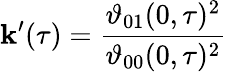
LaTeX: \mathbf{k}^{\prime}(\tau)={\frac{{\vartheta_{01}(0,\tau)^{2}}}{{\vartheta_{00}(0,\tau)^{2}}}}